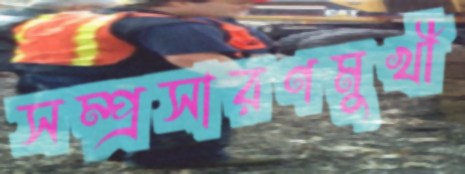
সম্প্রসারণমুখী